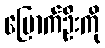
မြောက်ဦးကို